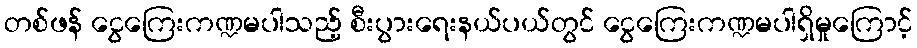
တစ်ဖန် ငွေကြေးကဏ္ဍမပါသည့် စီးပွားရေးနယ်ပယ်တွင် ငွေကြေးကဏ္ဍမပါရှိမှုကြောင့်